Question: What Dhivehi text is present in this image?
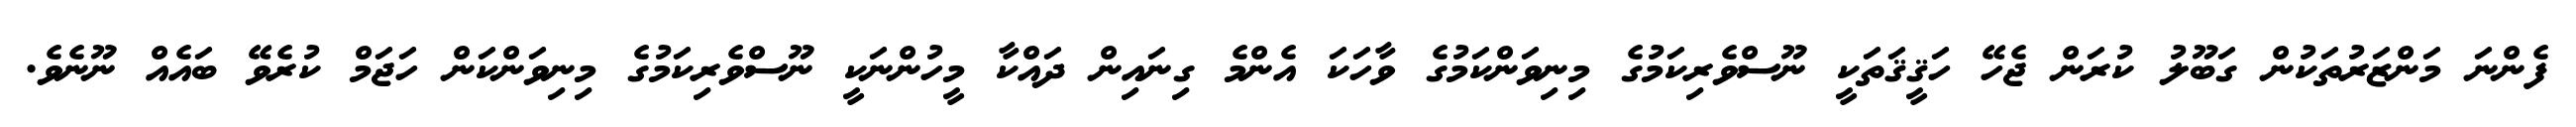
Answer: ފެންނަ މަންޒަރުތަކުން ގަބޫލު ކުރަން ޖެހޭ ހަޤީޤަތަކީ ނޫސްވެރިކަމުގެ މިނިވަންކަމުގެ ވާހަކަ އެންމެ ގިނައިން ދައްކާ މީހުންނަކީ ނޫސްވެރިކަމުގެ މިނިވަންކަން ހަޖަމް ކުރެވޭ ބައެއް ނޫނެވެ.